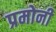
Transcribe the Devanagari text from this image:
प्रमोनी